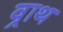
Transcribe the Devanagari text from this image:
व्राथ